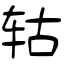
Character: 轱